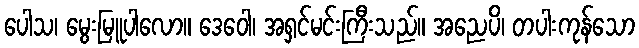
ပေါသ၊ မွေးမြူပါလော။ ဒေဝေါ၊ အရှင်မင်းကြီးသည်။ အညေပိ၊ တပါးကုန်သော